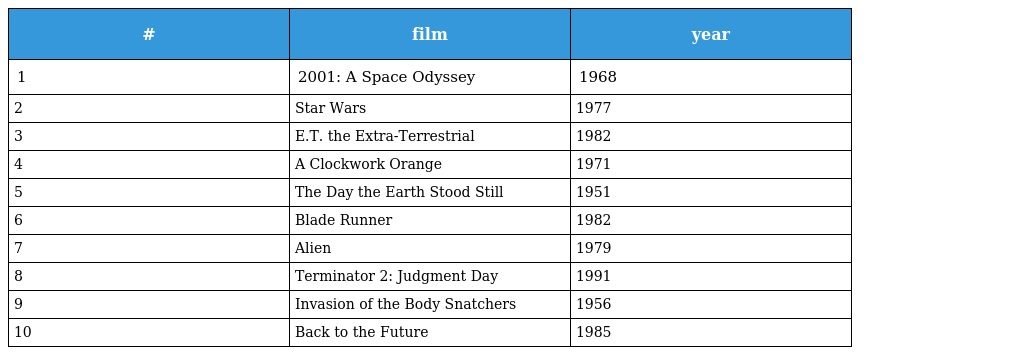
| # | film | year |
 | --- | --- | --- |
 | 1 | 2001: A Space Odyssey | 1968 |
 | 2 | Star Wars | 1977 |
 | 3 | E.T. the Extra-Terrestrial | 1982 |
 | 4 | A Clockwork Orange | 1971 |
 | 5 | The Day the Earth Stood Still | 1951 |
 | 6 | Blade Runner | 1982 |
 | 7 | Alien | 1979 |
 | 8 | Terminator 2: Judgment Day | 1991 |
 | 9 | Invasion of the Body Snatchers | 1956 |
 | 10 | Back to the Future | 1985 |